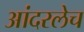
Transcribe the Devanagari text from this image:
आंदरलेच